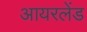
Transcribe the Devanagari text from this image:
आयरलेंड